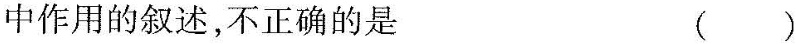
中作用的叙述，不正确的是()